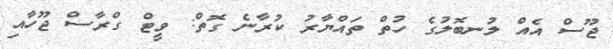
ޖޫސް އެއް ލުނބޮލުގެ ހުތް ތައްޔާރު ކުރާނެ ގޮތް: ވީޓް ގްރާސް ޖޫހާއި